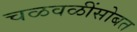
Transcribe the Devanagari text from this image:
चळवळींसोबत